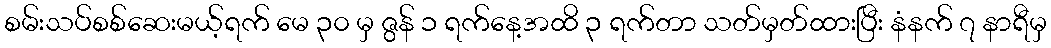
စမ်းသပ်စစ်ဆေးမယ့်ရက် မေ ၃၀ မှ ဇွန် ၁ ရက်နေ့အထိ ၃ ရက်တာ သတ်မှတ်ထားပြီး နံနက် ၇ နာရီမှ